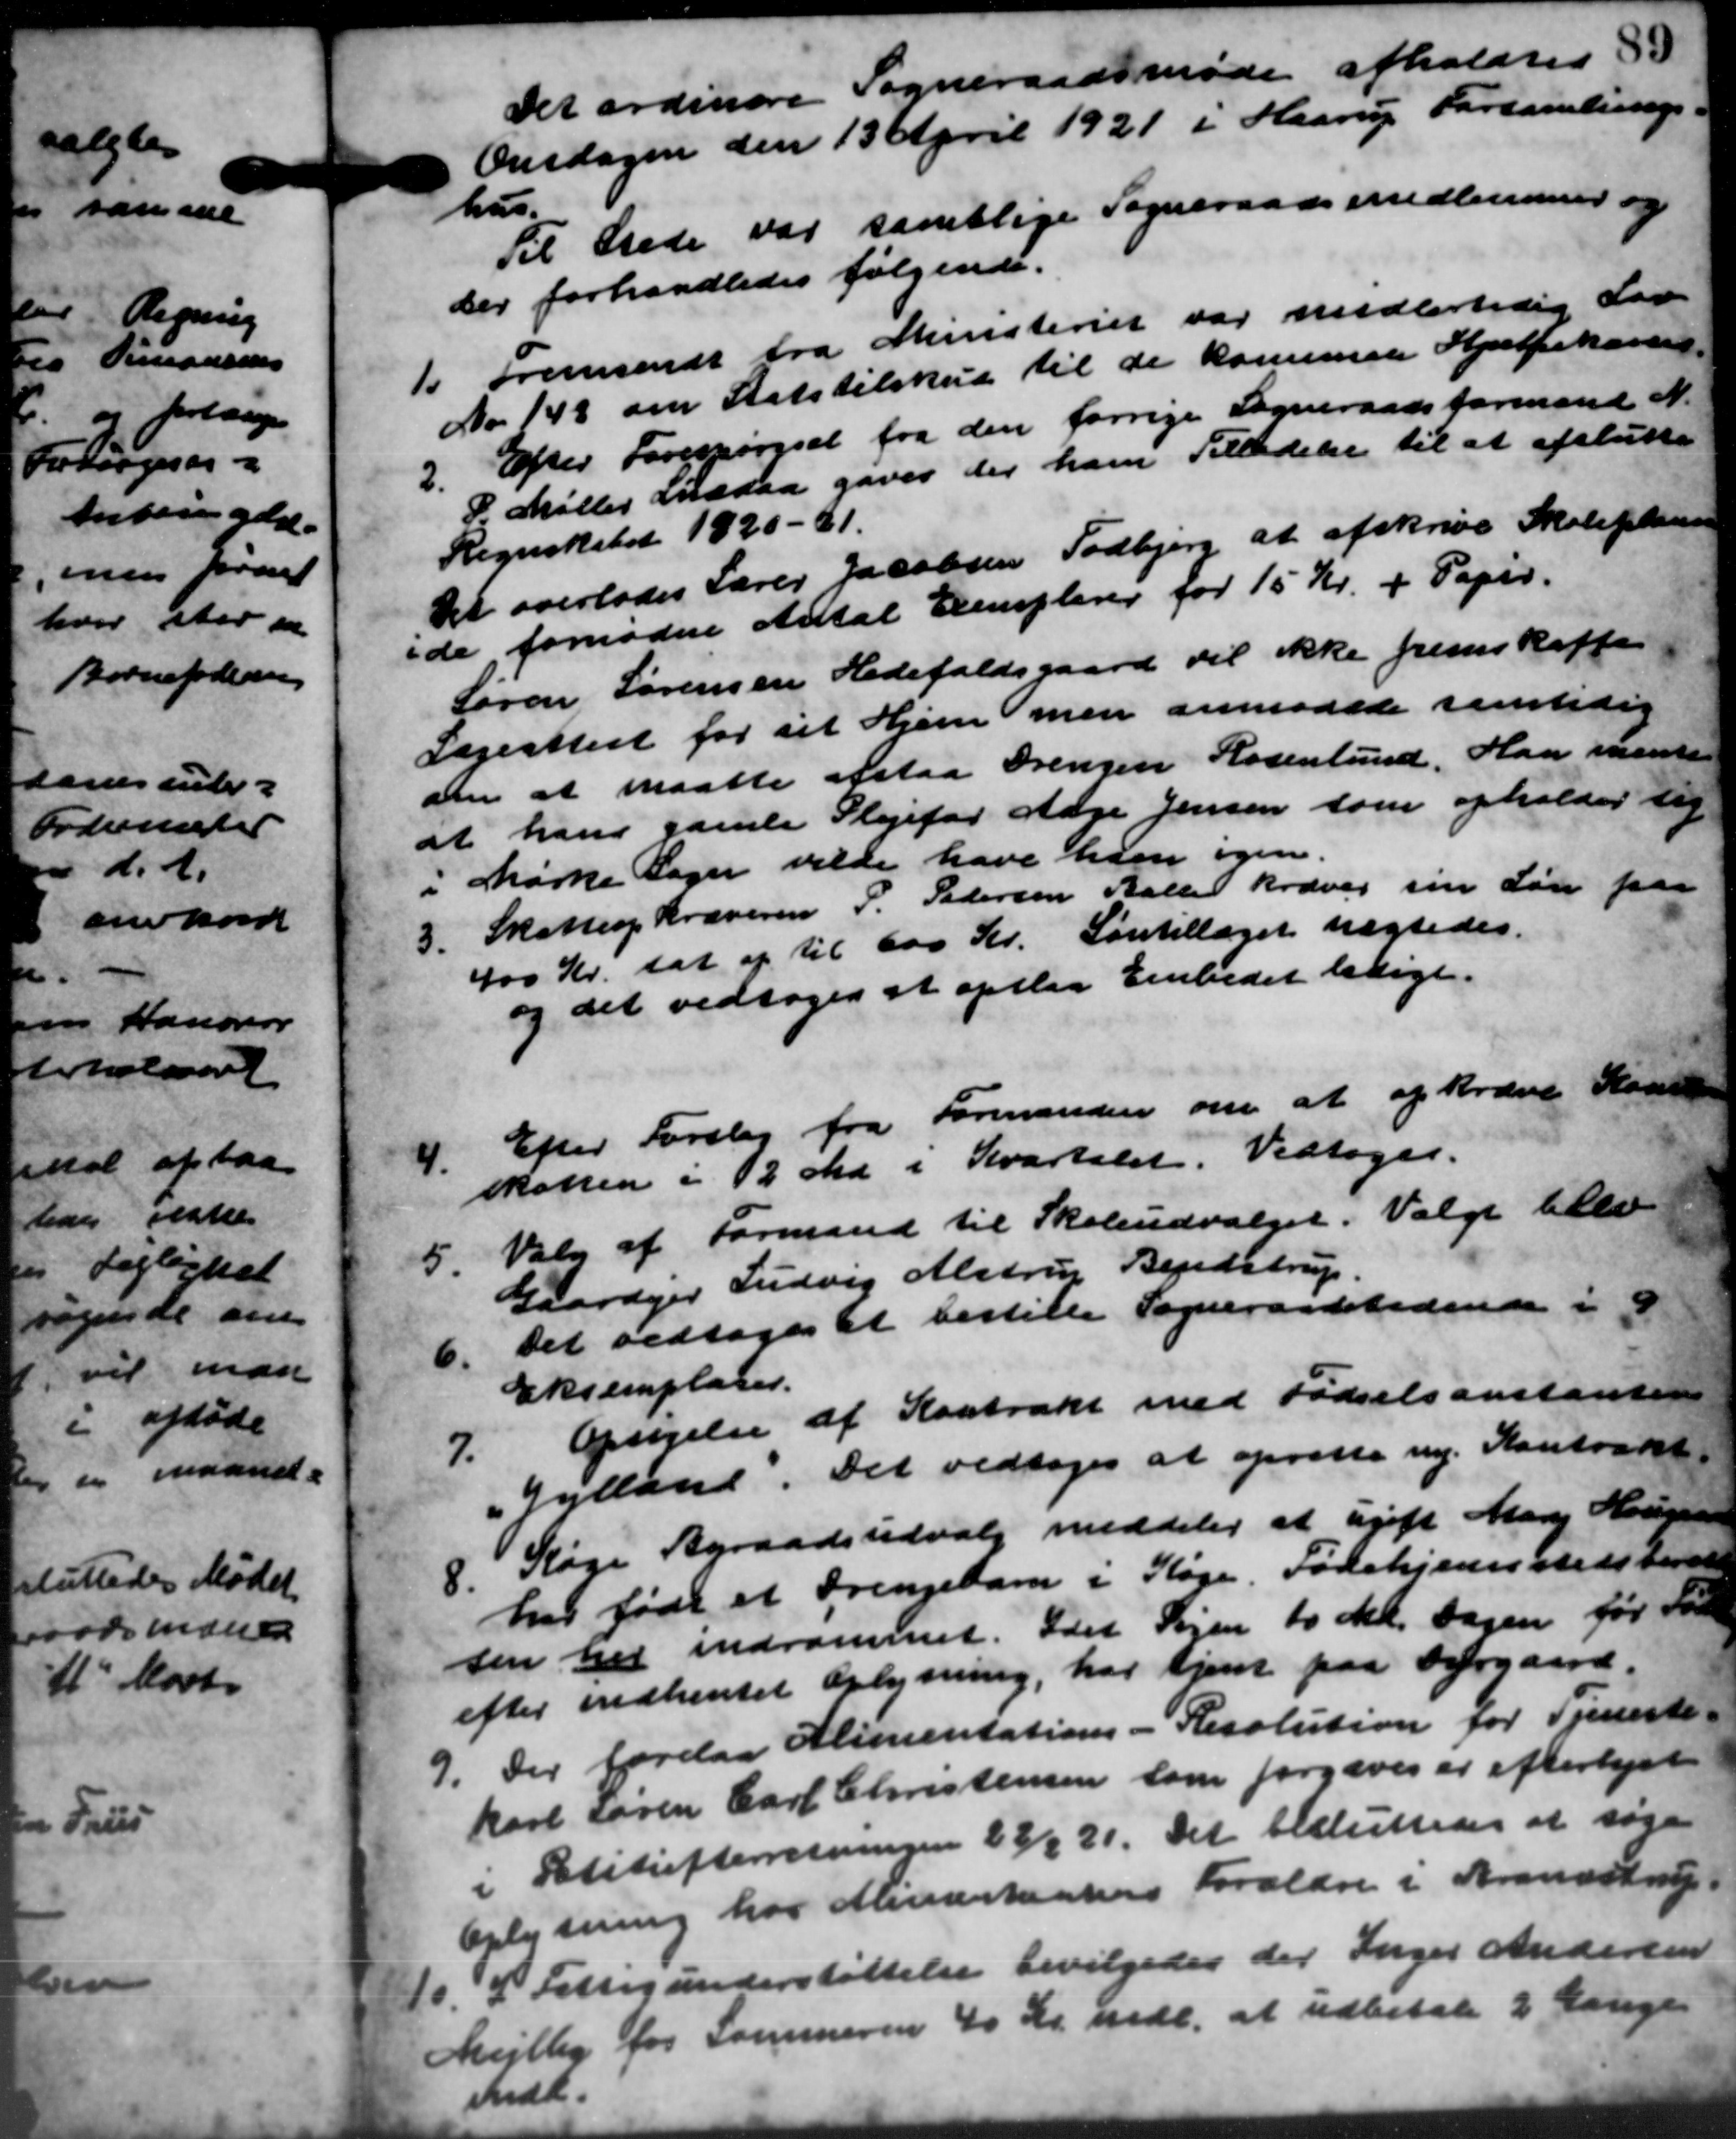
Transskription:
det ordinære Sogneraadsmøde afholdtes 35
Onsdagen den 13 April 1921 i Haarup Forsamlings-
hus.
Til Stede var samtlige Sogneraadsmedlemmer og
Der forhandledes følgende.
Do fremsendt fra Ministeriet var midlertidig Lov
Do fremsendt fra Ministeriet var midlertidig Lov
No. 149 om Statstilskud til de kommende Hjælpekassen
2.
Efter Forespørgsel fra den forrige Sogneraadsformand N.
P. Møller ansaa gives der ham Tilladelse til at afslutte
Regnskabet 1920-21.
Det overlodes Lærer Jacobsen Todbjerg at afskrive Skoleplane
ide fornødne Antal Exemplerer for 15 Kr. + Papir.
Søren Sørensen Hedefaldsgaard til ikke fremskaffe
Lægeattest for sit Hjem men anmodede samtidig
om at maatte afstaa Drengen Kødenlund. Han renter
at hans gamle Plejefor Aage Jensen som opholder sig
i Mørke Sager vilde have han igen.
3.
Skatteopkræveren P. Petersen Balle kræver sin Løn paa
400 Kr. sat af til 600 Kr. Løntillæget uægtedes.
og det vedtoges at opslaa Embedet ledige.
4.
Efter Forslag fra Formanden om at opkræve Kasse
skatten i 2 Md. i Kvartalet. Vedtoges.
5.
Valg af Formand til Skoleudvalget. Valgt tille
Gaardejer Ludvig Alstrup Bendstrup
6.
Det vedtoges at bestille Sogneraadstidende i d
Eksemplarer.
7.
Opsigelse af Kontrakt med Fødselsanstanten
Jylland. Det vedtoges at oprette ny Kontraret

Køge Byraadsudvalg meddeler at ugift Mary Hougaard
her født et Drengebarn i Køge Fødehjemstedsverede
sen her indrømmet. Idet Sagen 10 Md. dagen før for
efter indhentet Oplysning, har tjent paa Dyrgaard
9. Der forelaa Alimentations - Resolution for Tjeneste-
9. Der forelaa Alimentations - Resolution for Tjeneste-
karl Søren Carl Christensen som forgæves er efterlejet
Politiefterretningen 23/4 21. Det besluttedes at søge
Oplysning hos Minderkaters Forældre i Brandstrup.
10
I Fattigunderstøttelse bevilgedes der Inger Andersen
Mejlby for Sammeren 40 Kr mdl. at udbetale 2 Lange
Mndl.